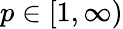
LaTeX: p\in[1,\infty)